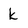
Character: k